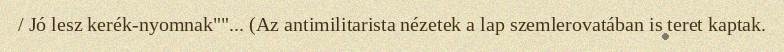
/ Jó lesz kerék-nyomnak""... (Az antimilitarista nézetek a lap szemlerovatában is teret kaptak.